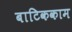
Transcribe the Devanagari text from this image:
बाटिककाम